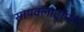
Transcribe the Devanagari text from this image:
सायक्लोट्रॉनने